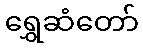
ရွှေဆံတော်